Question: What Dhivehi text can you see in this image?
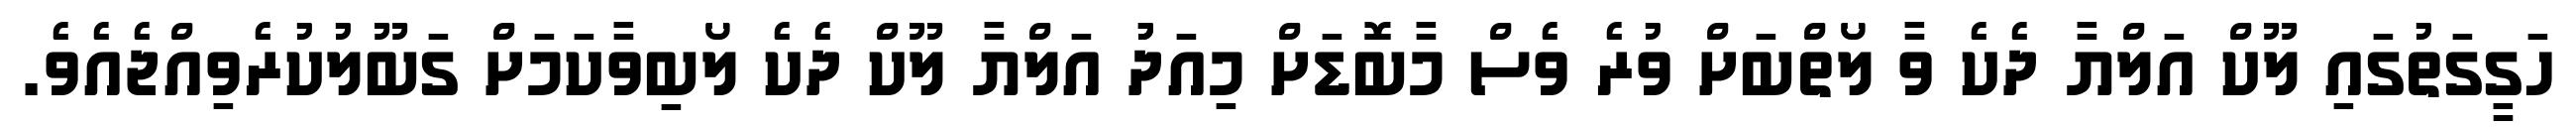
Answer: ހަގީގަތުގައި ލޫކް އަލްޔާ ދެކެ ވާ ލޯތްބަށް ވުރެ ވެސް މާބޮޑަށް މިއަދުު އަލްޔާ ލޫކް ދެކެ ލޯބިވާކަމަށް ގަބޫލުކުރެވިއްޖެއެވެ.